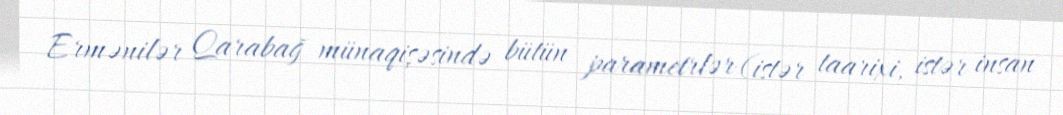
Ermənilər Qarabağ münaqişəsində bütün parametrlər (istər taarixi, istər insan